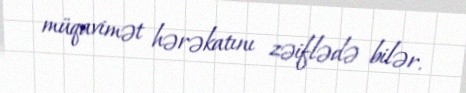
müqavimət hərəkatını zəiflədə bilər.